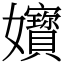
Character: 𡤧